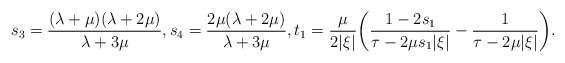
\begin{align*} s_3=\frac{(\lambda+\mu)(\lambda+2\mu)}{\lambda+3\mu}, s_4=\frac{2\mu(\lambda+2\mu)}{\lambda+3\mu}, t_1= \frac{\mu}{2|\xi|}\biggl(\frac{1-2s_1}{\tau-2\mu s_1|\xi|}-\frac{1}{\tau-2\mu|\xi|}\biggr).\end{align*}